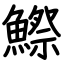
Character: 鰶